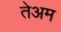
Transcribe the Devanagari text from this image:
तेअम